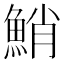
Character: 鮹